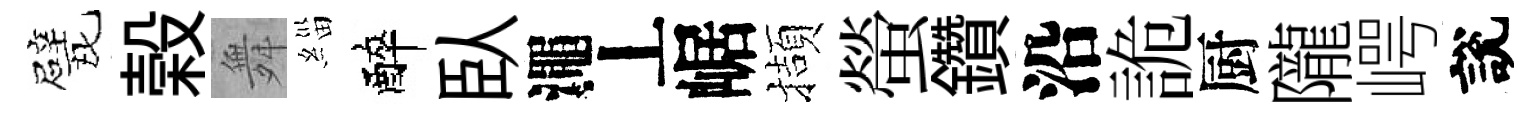
戏榖舞緇醉臥澠丄崌擷螢鑽沿詭厨隴崿說